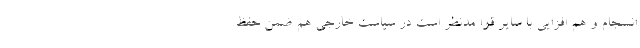
انسجام و هم افزایی با سایر قوا مدنظر است در سیاست خارجی هم ضمن حفظ